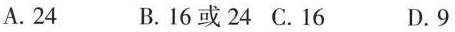
A.24 B.16或24 C.16 D.9